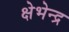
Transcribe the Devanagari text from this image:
क्षेभेन्द्र